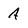
Character: A